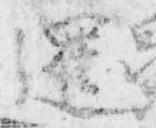
暹